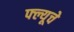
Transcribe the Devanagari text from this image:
फ्ल्यूचे